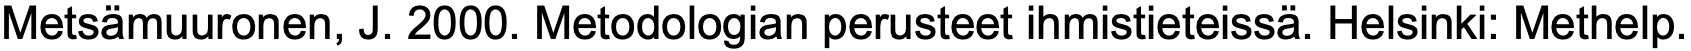
Metsämuuronen, J. 2000. Metodologian perusteet ihmistieteissä. Helsinki: Methelp.